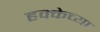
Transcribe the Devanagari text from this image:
हक्केच्या